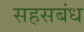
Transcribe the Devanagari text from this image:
सहसबंध